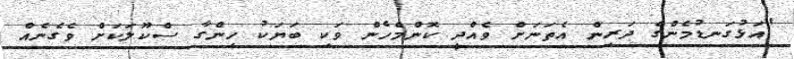
"އަޅުގަނޑުމެންގެ ދަރިން އެތަނަށް ވެއްދީ ކޮންމެހެން ވަކި ބަޔަކު ހިންގާ ސްކޫލަކަށް ވެގެނެއް